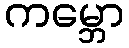
ကမ္ဘော